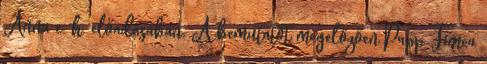
Anna e. h. előadásában. A bemutatót megelőzően Papp Timea